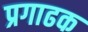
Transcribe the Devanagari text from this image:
प्रगाढक